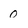
Character: 0